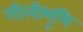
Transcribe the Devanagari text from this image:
गीलीभूमि